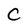
Character: C